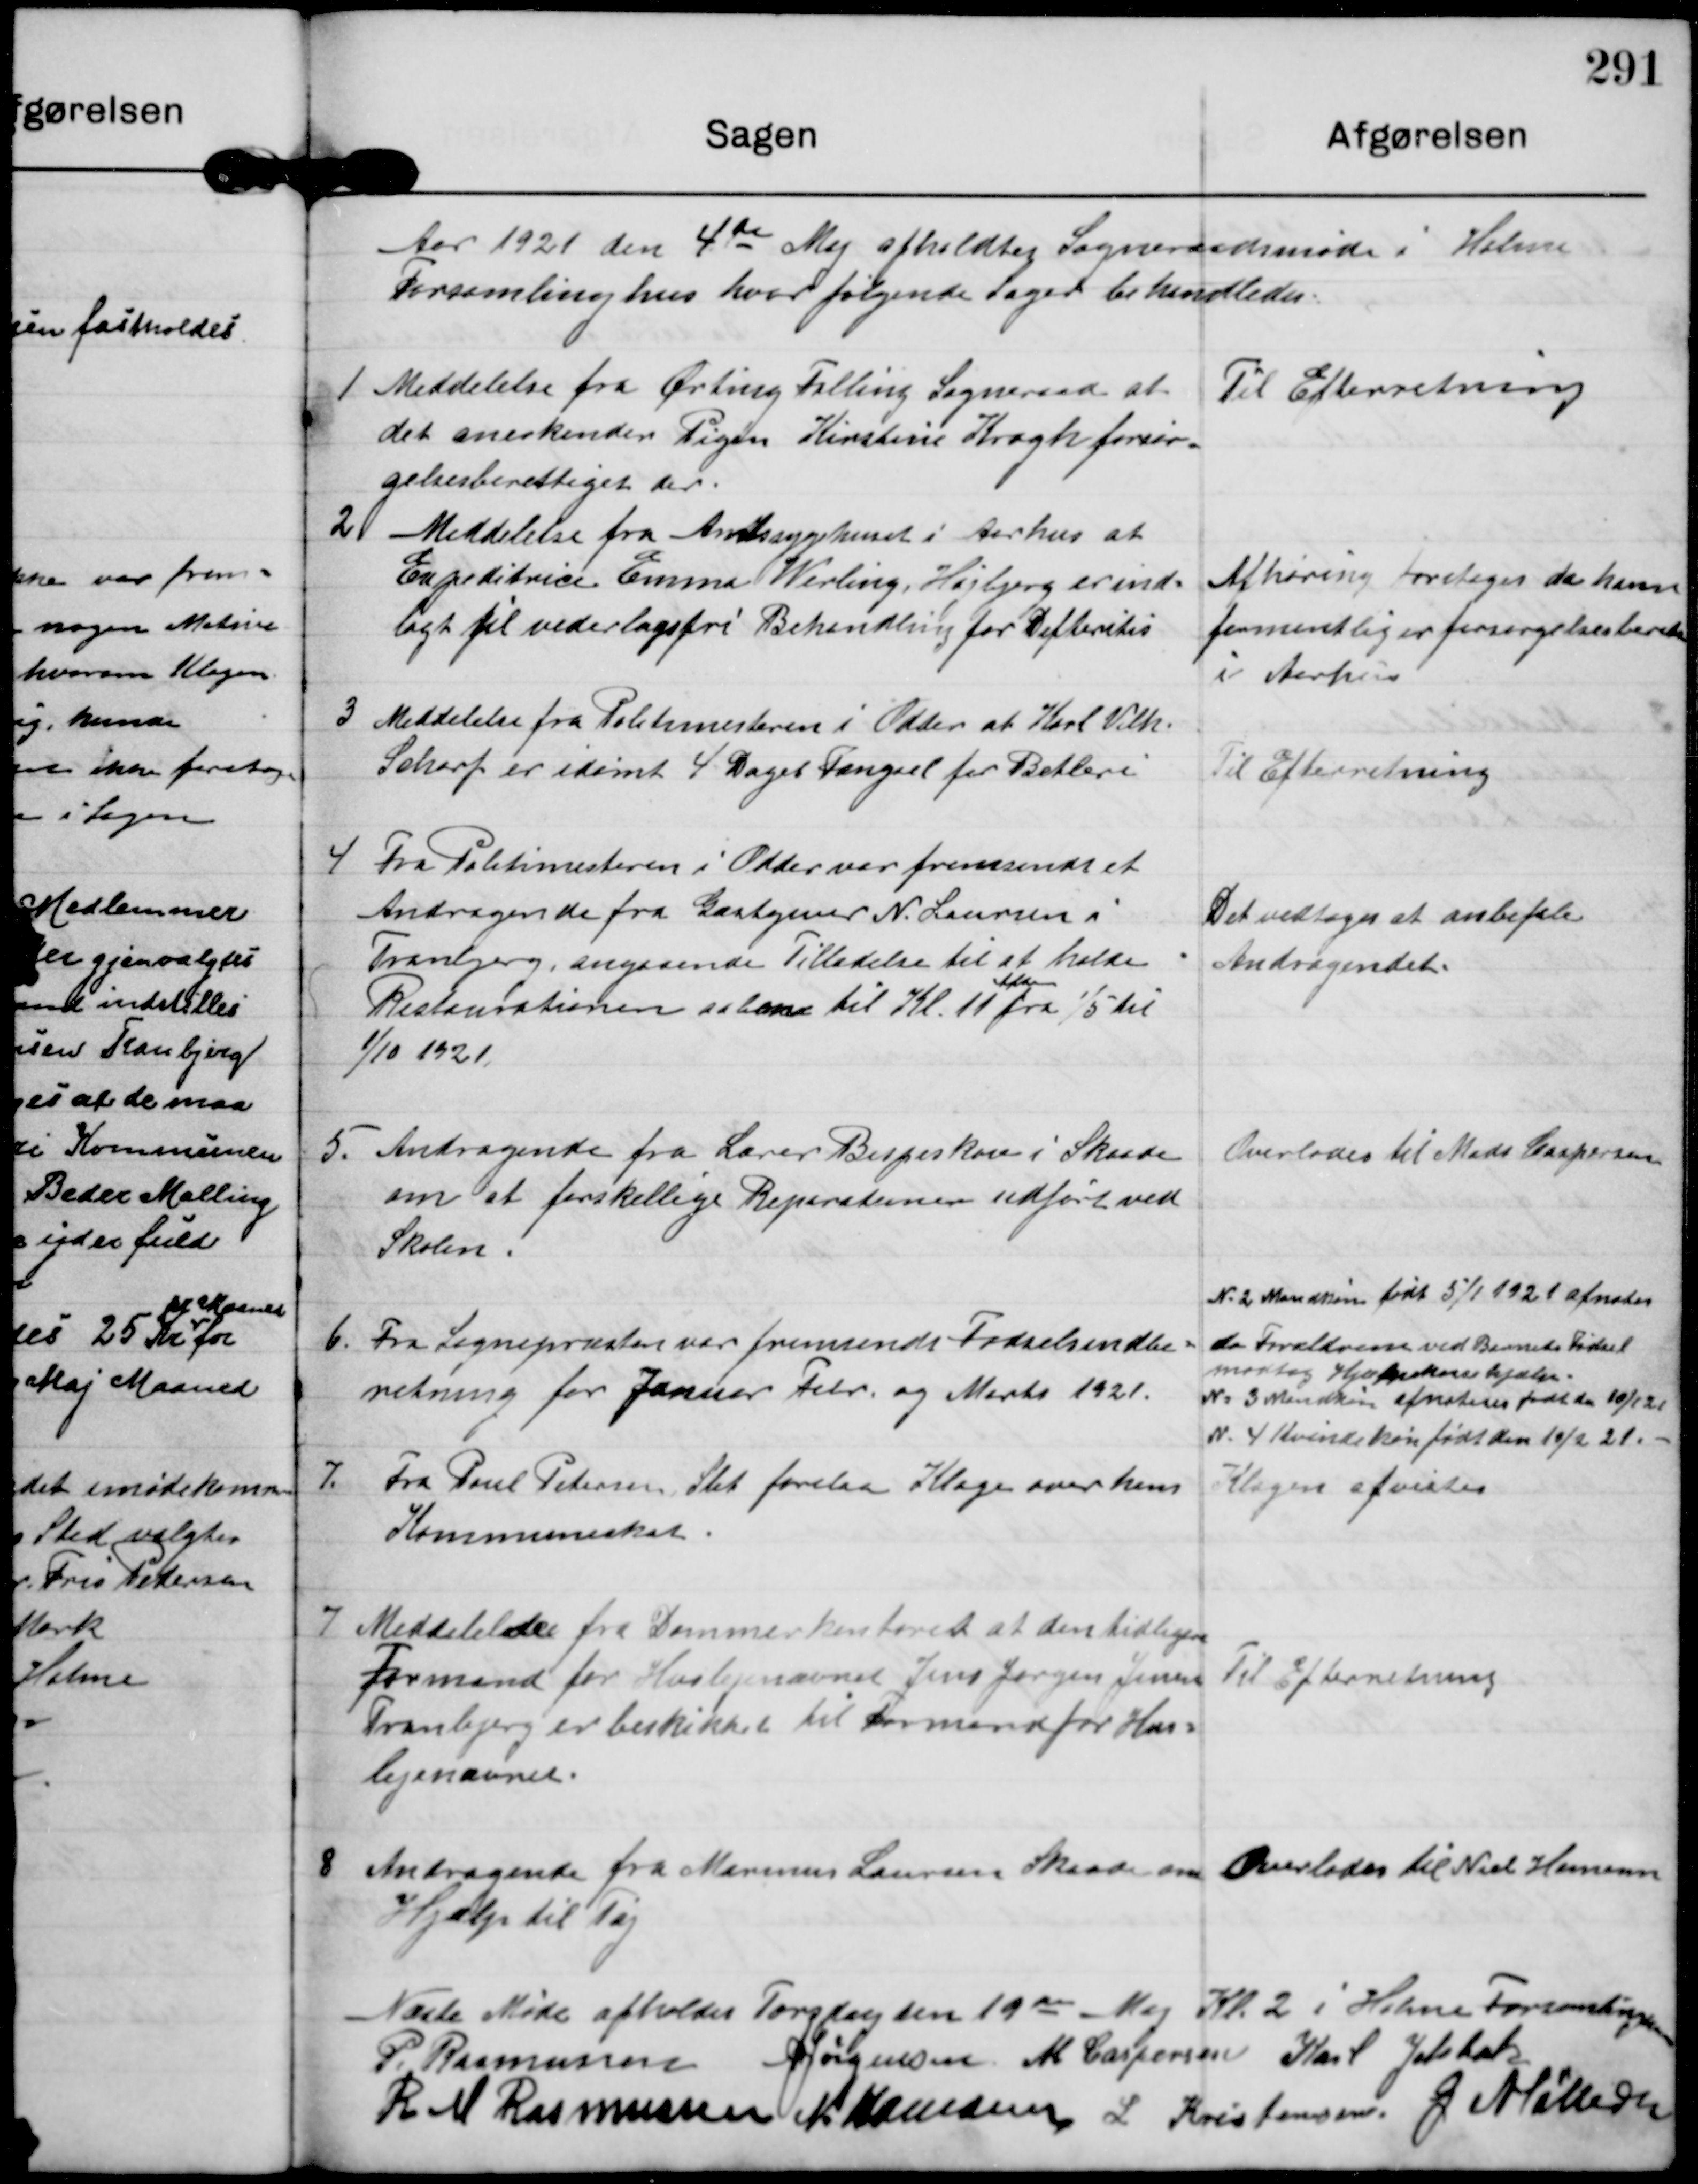
Transskription:
Aar 1921 den 4de Maj afholdtes Sogneraadsmøde i Holme
Forsamlinghus hvor følgende Sager behandledes.

1

Meddelelse fra Ørting Falling Sogneraad at
det anerkender Pigen Kirstine Krogh forsør-
gelsesberettiget der

Til Efterretning

2

Meddelelse fra Amtssygehuset i Aarhus at
Espeditrice Emma Werling, Højbjerg er ind-
lagt til vederlagsfri Behandling for Difteritis

Afhøring foretages da hun
formentlig er forsørgelsesberet
i Aarhus

3

Meddelelse fra Politimesteren i Odder at Karl Vilh.
Scharf er idømt 4 Dages Fængsel for Betleri

Til Efterretning

4

Fra Politimesteren i Odder ver fremsendt et
Andragende fra Gæstgiver N. Laursen i
Tranbjerg angaaende Tilladelse til at holde
Restaurationen aaben til Kl. 11
Aften
11 fra 1/5 til
1/10 1921.

Det vedtoges at anbefale
Andragendet.

5.

Andragende fra Lærer Bispeskov i Skaade
om at forskellige Reperationer udført ved
Skolen.

Overlodes til Mads Caspersen

6.

Fra Sognepræsten var fremsendt Fødselsindbe-
retning for Januer Febr. og Marts 1921.

N. 2 Mandkøn født 5/1 1921 afnoter
da Forældrene ved Barnets fødsel
modtog Hjælpekassehjælp.
N. 3 Mandkøn afnoteres født den 10/1 21
N. 4 Kvindekøn født den 10/2 21.

7.

Fra Paul Petersen Slet forelaa Klage over hans
Kommuneskat.

Klagen afvistes

7

Meddelelse fra Dommerkontoret at den tidligere
Formand for Huslejenævnet Jens Jørgen Jensen
Tranbjerg er beskikket til Formand for Hus-
lejenævnet.

Til Efterretning

8

Andragende fra Marinus Laursen Skaade om
Hjælp til Tag

Overlodes til Niels Hamann

Næste Møde afholdes Torsdag den 19de Maj Kl. 2 i Holme Forsamlinghus

P. Rasmussen A. Jørgensen M Caspersen Karl Jelsbak
R M Rasmussen N. Hamann L Kristensen J Møller